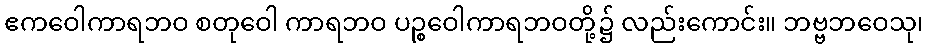
ဧကဝေါကာရဘဝ စတုဝေါ ကာရဘဝ ပဉ္စဝေါကာရဘဝတို့၌ လည်းကောင်း။ ဘဗ္ဗဘဝေသု၊